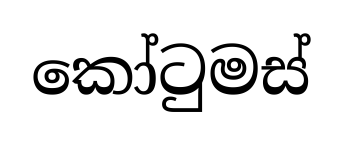
කෝටුමස්